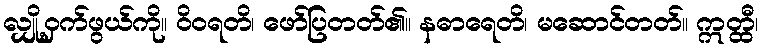
လျှို့ဝှက်ဖွယ်ကို။ ဝိဝရတိ၊ ဖော်ပြတတ်၏။ နဓာရေတိ၊ မဆောင်တတ်။ ဣတ္ထီ၊